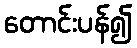
တောင်းပန်၍